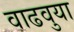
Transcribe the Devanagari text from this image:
वाढवुया